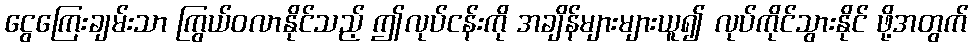
ငွေကြေးချမ်းသာ ကြွယ်ဝလာနိုင်သည့် ဤလုပ်ငန်းကို အချိန်များများယူ၍ လုပ်ကိုင်သွားနိုင် ဖို့အတွက်